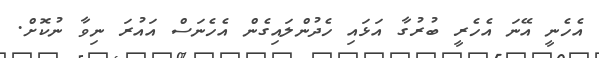
އެހެނީ އޭނަ އެހެރީ ބުރުގާ އަޅައި ހެދުންލައިގެން އެހެނަސް އައުރަ ނިވާ ނުކޮށް.